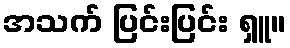
အသက် ပြင်းပြင်း ရှူ။